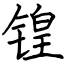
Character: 锽